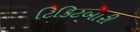
ટિકિટબારી